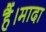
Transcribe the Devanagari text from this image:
हैं।मादा